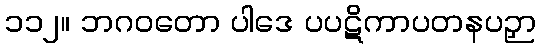
၁၁၂။ ဘဂဝတော ပါဒေ ပပဋိကာပတနပဉှာ